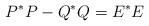
LaTeX: \begin{align*}P^*P-Q^*Q = E^*E\end{align*}